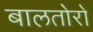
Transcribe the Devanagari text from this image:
बालतोरो